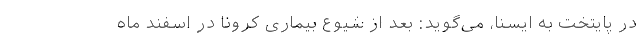
در پایتخت به ایسنا، می‌گوید: بعد از شیوع بیماری کرونا در اسفند ماه